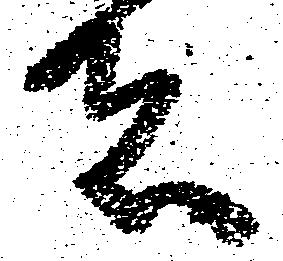
者